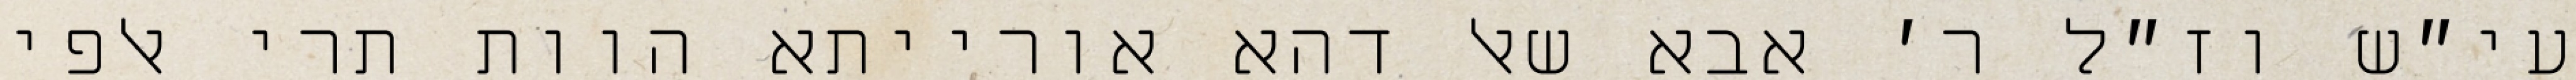
עי״ש וז״ל ר׳ אבא שאל דהא אורייתא הוות תרי אלפי